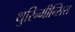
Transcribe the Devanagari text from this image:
थुरिन्गीन्सिस